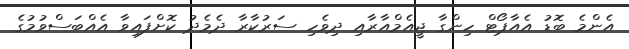
އެންމެ ބޮޑު އެއާޕޯޓް ހިންގާ ޖީއެމްއާރާއި ދިވެހި ސަރުކާރާ ދެމެދު ކޮށްފައިވާ އެއްބަސްވުމުގެ